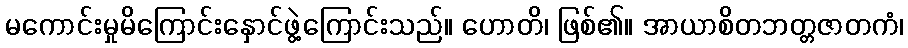
မကောင်းမှုမိကြောင်းနှောင်ဖွဲ့ကြောင်းသည်။ ဟောတိ၊ ဖြစ်၏။ အာယာစိတဘတ္တဇာတကံ၊